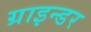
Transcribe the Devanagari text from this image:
ग्राइन्डर